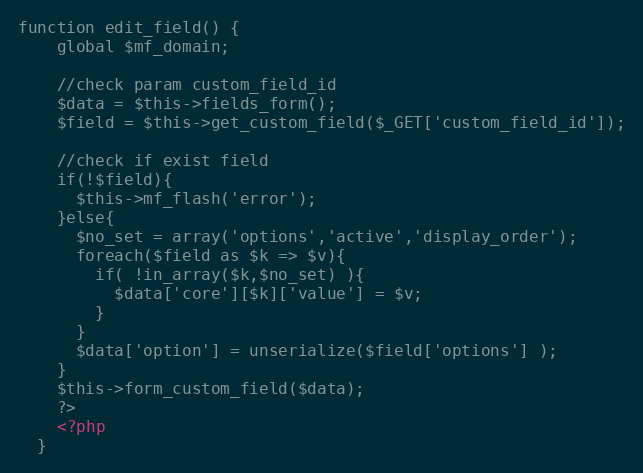
Language: PHP
function edit_field() {
    global $mf_domain;

    //check param custom_field_id
    $data = $this->fields_form();
    $field = $this->get_custom_field($_GET['custom_field_id']);

    //check if exist field
    if(!$field){
      $this->mf_flash('error');
    }else{
      $no_set = array('options','active','display_order');
      foreach($field as $k => $v){
        if( !in_array($k,$no_set) ){
          $data['core'][$k]['value'] = $v;
        }
      }
      $data['option'] = unserialize($field['options'] );
    }
    $this->form_custom_field($data);
    ?>
    <?php
  }